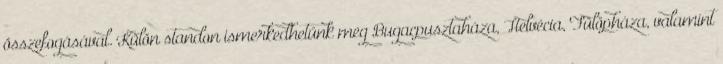
összefogásával. Külön standon ismerkedhetünk meg Bugacpusztaháza, Helvécia, Fülöpháza, valamint